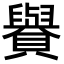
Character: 𧸧